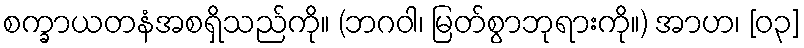
စက္ခာယတနံအစရှိသည်ကို။ (ဘဂဝါ၊ မြတ်စွာဘုရားကို။) အာဟ၊ [၀၃]